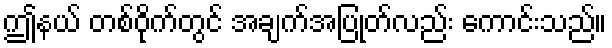
ဤနယ် တစ်ဝိုက်တွင် အချက်အပြုတ်လည်း ကောင်းသည်။